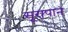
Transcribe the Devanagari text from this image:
सूरापान